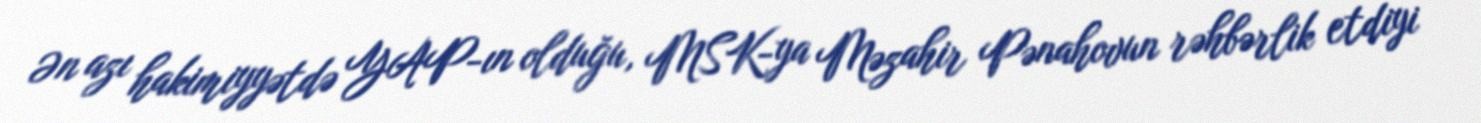
Ən azı hakimiyyətdə YAP-ın olduğu, MSK-ya Məzahir Pənahovun rəhbərlik etdiyi